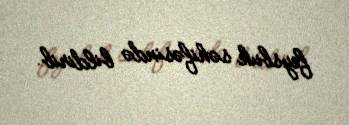
feysbuk səhifəsində bildirib.